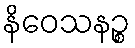
နိဝေသနဉ္စ